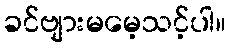
ခင်ဗျားမမေ့သင့်ပါ။